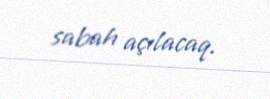
sabah açılacaq.